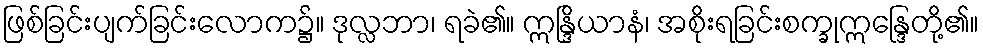
ဖြစ်ခြင်းပျက်ခြင်းလောက၌။ ဒုလ္လဘာ၊ ရခဲ၏။ ဣန္ဒြိယာနံ၊ အစိုးရခြင်းစက္ခုဣန္ဒြေတို့၏။